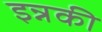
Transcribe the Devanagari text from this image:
इन्नकी